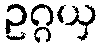
ဥဂ္ဂယှ